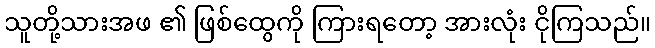
သူတို့သားအဖ ၏ ဖြစ်ထွေကို ကြားရတော့ အားလုံး ငိုကြသည်။